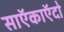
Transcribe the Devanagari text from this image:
साऍकाऍदो